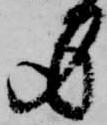
身